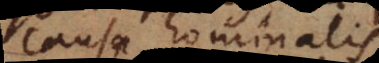
causa hominalis.